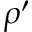
\rho ^ { \prime }